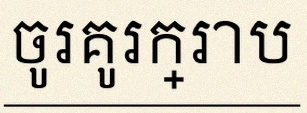
ចូរគូរក្រាប